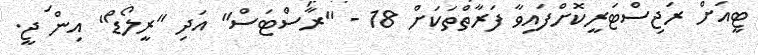
ޓީއަށް ރަޖިސްޓަރީކޮށްފައިވާ ފަރާތްތަކަށް 18 - "ރާސްޓަސް" އަދި "ރީލޯޑް" އިން ޖީ.